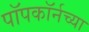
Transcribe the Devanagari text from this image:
पॉपकॉर्नच्या